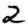
Digit: 2